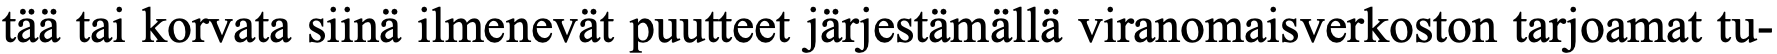
tää tai korvata siinä ilmenevät puutteet järjestämällä viranomaisverkoston tarjoamat tu-